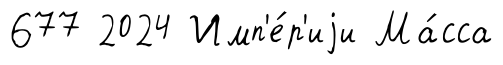
677 2024 Имп'е́р'иjи Ма́сса